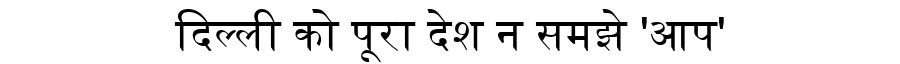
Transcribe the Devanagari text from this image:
दिल्ली को पूरा देश न समझे 'आप'